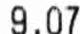
9.07